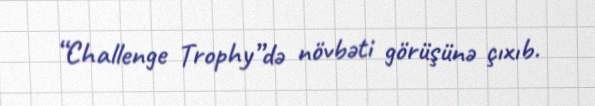
“Challenge Trophy”də növbəti görüşünə çıxıb.